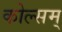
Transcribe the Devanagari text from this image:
कोल्सम्‌